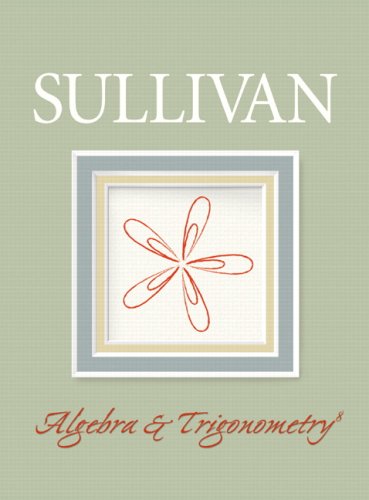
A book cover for Algebra and Trigonometry; Michael Sullivan; Science & Math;